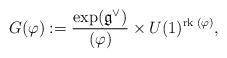
LaTeX: \begin{align*}G (\varphi):= \frac{\exp (\mathfrak{g}^\vee)}{_{}(\varphi)} \times U(1)^{\mathrm{rk}\; (\varphi)},\end{align*}